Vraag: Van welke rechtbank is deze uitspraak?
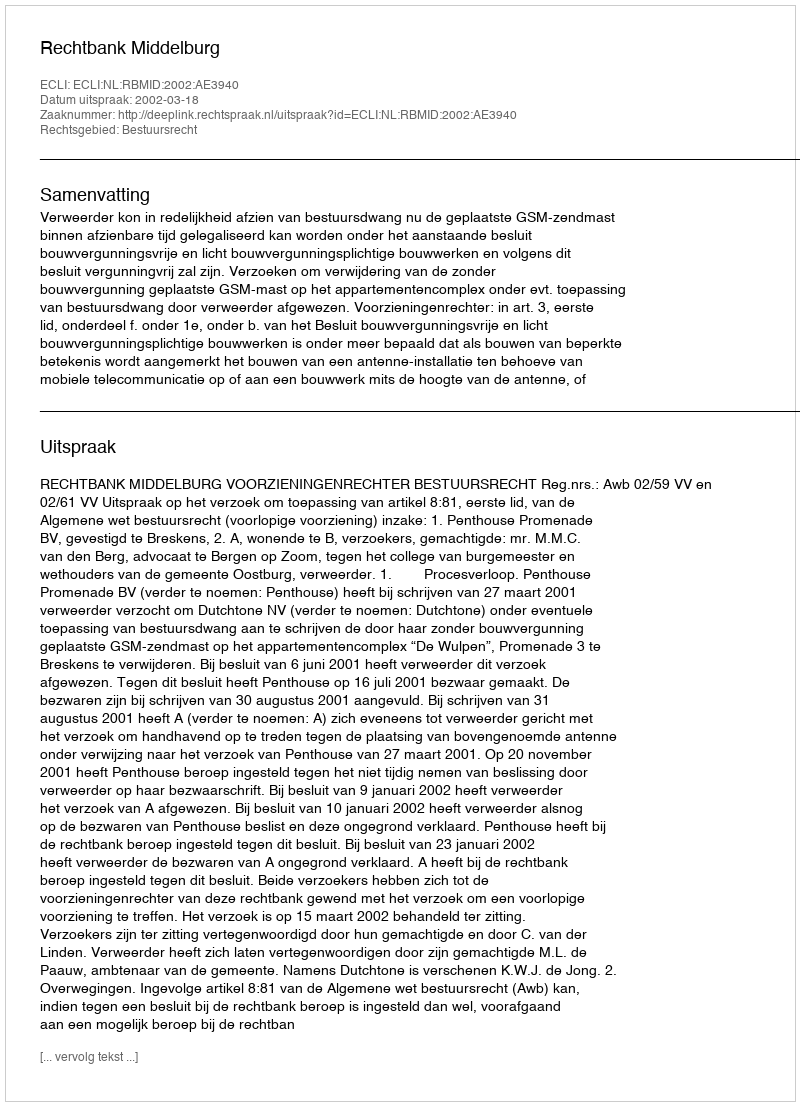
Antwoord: Rechtbank Middelburg